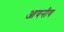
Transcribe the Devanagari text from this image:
आयनीय